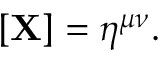
\mathbf { \partial } [ \mathbf { X } ] = \eta ^ { \mu \nu } .